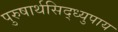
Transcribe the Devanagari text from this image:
पुरुषार्थसिद्ध्युपाय